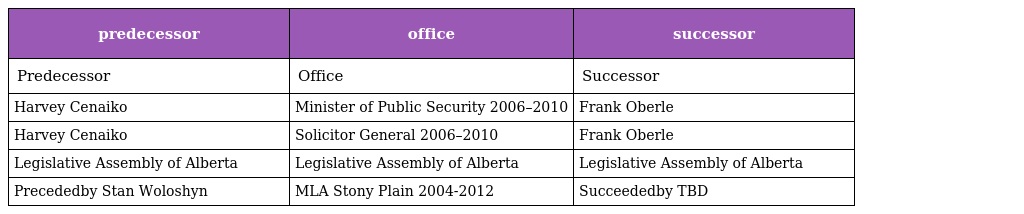
| predecessor | office | successor |
 | --- | --- | --- |
 | Predecessor | Office | Successor |
 | Harvey Cenaiko | Minister of Public Security 2006–2010 | Frank Oberle |
 | Harvey Cenaiko | Solicitor General 2006–2010 | Frank Oberle |
 | Legislative Assembly of Alberta | Legislative Assembly of Alberta | Legislative Assembly of Alberta |
 | Precededby Stan Woloshyn | MLA Stony Plain 2004-2012 | Succeededby TBD |